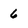
Character: 6